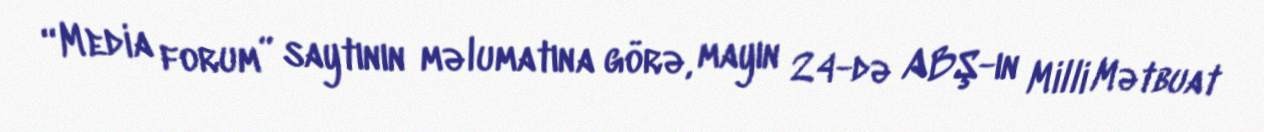
“Media forum” saytının məlumatına görə, mayın 24-də ABŞ-ın Milli Mətbuat